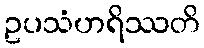
ဥပသံဟရိဿတိ